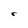
Character: r